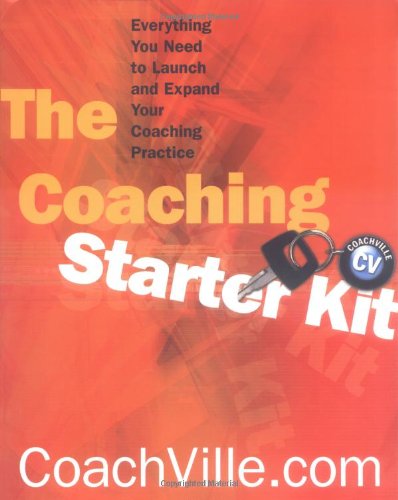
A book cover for Coaching Starter Kit: Everything You Need to Launch and Expand Your Coaching Practice (Norton Professional Books); CoachVille.com; Business & Money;